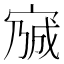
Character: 𡩍